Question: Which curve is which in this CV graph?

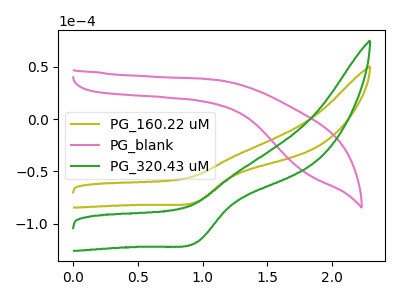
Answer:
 <answer>The olive curve is labeled "PG_160.22 uM". The pink curve is labeled "PG_blank". The green curve is labeled "PG_320.43 uM".</answer>
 <eval></eval>